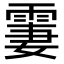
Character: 霋